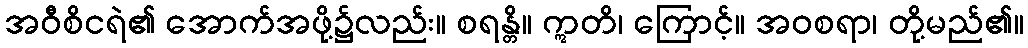
အဝီစိငရဲ၏ အောက်အဖို့၌လည်း။ စရန္တိ။ ဣတိ၊ ကြောင့်။ အဝစရာ၊ တို့မည်၏။